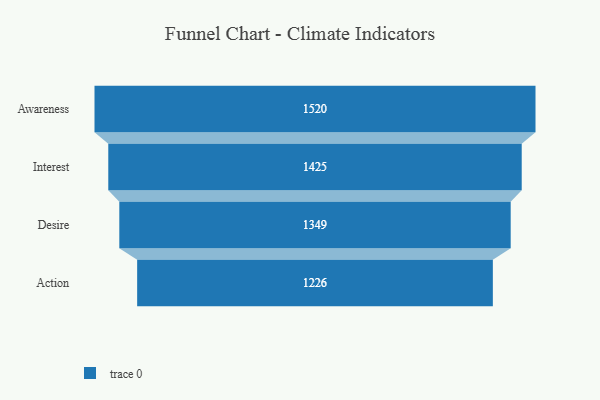
{"axis": {"x": "Stage", "y": "Value"}, "legend": [""], "data": [{"x": "Awareness", "y": 1520.0, "type": ""}, {"x": "Interest", "y": 1425.0, "type": ""}, {"x": "Desire", "y": 1349.0, "type": ""}, {"x": "Action", "y": 1226.0, "type": ""}]}